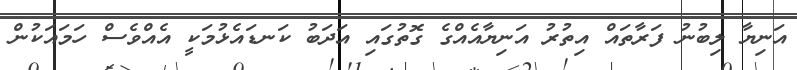
އަނިޔާ ލިބުނު ފަރާތައް އިތުރު އަނިޔާއެއްގެ ގޮތުގައި އަދަބު ކަނޑައެޅުމަކީ އެއްވެސް ހަމައަކުން